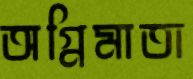
অগ্নিমাতা